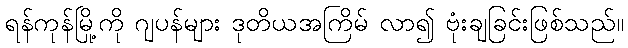
ရန်ကုန်မြို့ကို ဂျပန်များ ဒုတိယအကြိမ် လာ၍ ဗုံးချခြင်းဖြစ်သည်။